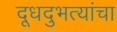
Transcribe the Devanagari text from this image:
दूधदुभत्यांचा